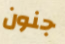
جنون